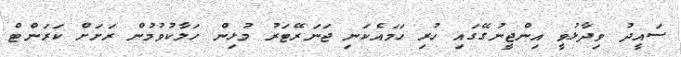
ސައީދު ވިދާޅުވީ އިންޖީނުގޭގައި ހުރި ހަމައެކަނި ޖަނަރޭޓަރު މުޅިން ހަލާކުވުމުން ރަށަށް ކަރަންޓް